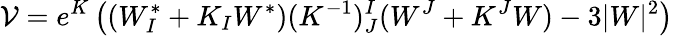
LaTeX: \mathcal{V}=e^{K}\left((W_{I}^{*}+K_{I}W^{*})(K^{-1})_{J}^{I}(W^{J}+K^{J}W)-3|W|^{2}\right)